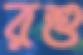
রশু